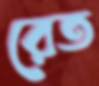
রেত